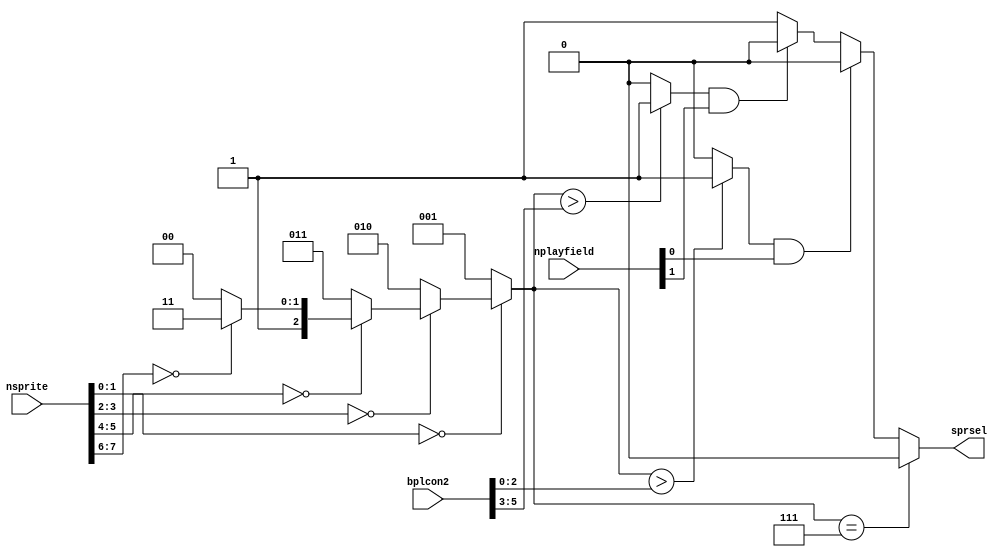
module denise_spritepriority
(
  input   [5:0] bplcon2,         
  input  [2:1] nplayfield,    
  input  [7:0] nsprite,      
  output  reg sprsel        
);
reg    [2:0] sprcode;      
wire  [3:0] sprgroup;      
wire  pf1front;        
wire  pf2front;        
assign  sprgroup[0] = (nsprite[1:0]==2'd0) ? 1'b0 : 1'b1;
assign  sprgroup[1] = (nsprite[3:2]==2'd0) ? 1'b0 : 1'b1;
assign  sprgroup[2] = (nsprite[5:4]==2'd0) ? 1'b0 : 1'b1;
assign  sprgroup[3] = (nsprite[7:6]==2'd0) ? 1'b0 : 1'b1;
always @(*)
  if (sprgroup[0])
    sprcode = 3'd1;
  else if (sprgroup[1])
    sprcode = 3'd2;
  else if (sprgroup[2])
    sprcode = 3'd3;
  else if (sprgroup[3])
    sprcode = 3'd4;
  else
    sprcode = 3'd7;
assign pf1front = sprcode[2:0]>bplcon2[2:0] ? 1'b1 : 1'b0;
assign pf2front = sprcode[2:0]>bplcon2[5:3] ? 1'b1 : 1'b0;
always @(*)
begin
  if (sprcode[2:0]==3'd7) 
    sprsel = 1'b0;
  else if (pf1front && nplayfield[1]) 
    sprsel = 1'b0;
  else if (pf2front && nplayfield[2]) 
    sprsel = 1'b0;
  else 
    sprsel = 1'b1;
end
endmodule